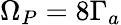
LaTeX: \Omega_{P}=8\Gamma_{a}